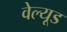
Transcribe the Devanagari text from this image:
वेल्यूड